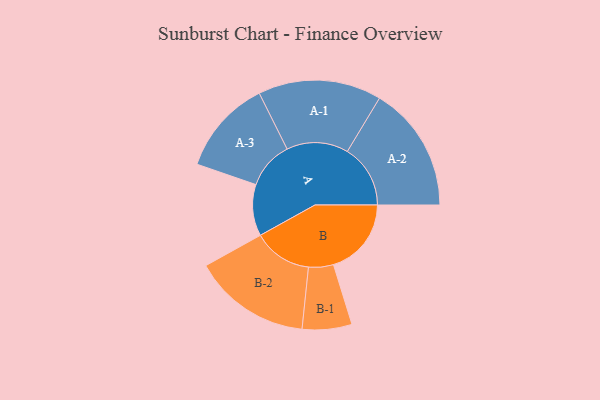
{"axis": {"x": "Segment", "y": "Value"}, "legend": ["", "A", "B"], "data": [{"x": "A", "y": 222, "type": ""}, {"x": "B", "y": 336, "type": ""}, {"x": "A-1", "y": 266, "type": "A"}, {"x": "A-2", "y": 272, "type": "A"}, {"x": "A-3", "y": 205, "type": "A"}, {"x": "B-1", "y": 107, "type": "B"}, {"x": "B-2", "y": 254, "type": "B"}]}